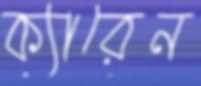
ক্যারেন